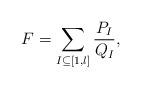
LaTeX: \begin{align*} F = \sum_{I \subseteq [1,l]} \frac{P_I}{Q_I}, \end{align*}